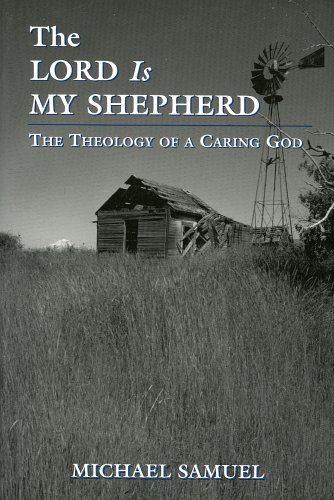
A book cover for The Lord Is My Shepherd: The Theology of a Caring God; Michael Samuel; Religion & Spirituality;